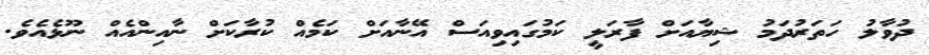
ދުވާލު ހަތަރުދަމު ޝިޔާއަށް ފާރަލީ ކަމުގައިވިއަސް އޭނާއަށް ކަމެއް ކުރާކަށް ނާއިންއެއް ނޫޅެއެވެ.